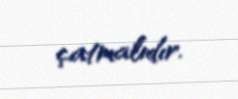
çatmalıdır.